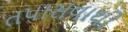
તપાસવાથી